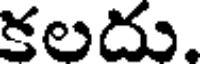
కలదు.